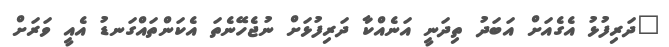
"ދަރިފުޅު އެގެއަށް އަބަދު ތިދަނީ އަނެއްކާ ދަރިފުޅަށް ނުޖެހޭނެތަ އެކަންތައްގަނޑު އެއީ ވަރަށް